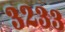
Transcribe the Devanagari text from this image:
३२३३